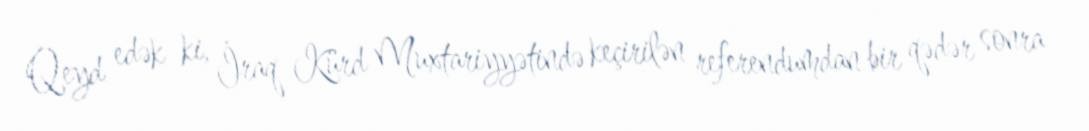
Qeyd edək ki, İraq Kürd Muxtariyyətində keçirilən referendumdan bir qədər sonra